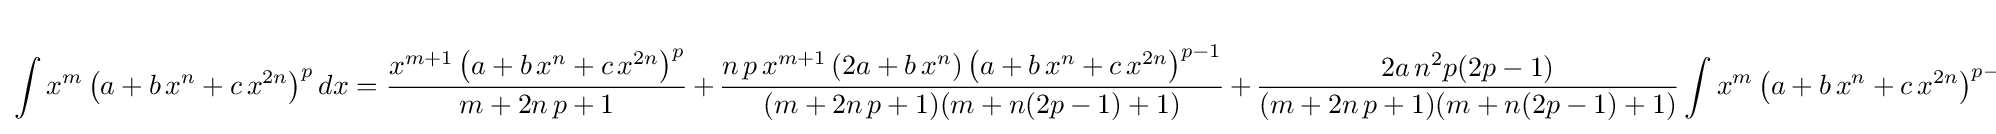
\int x^{m}\left(a+b\,x^{n}+c\,x^{2n}\right)^{p}dx={\frac {x^{m+1}\left(a+b\,x^{n}+c\,x^{2n}\right)^{p}}{m+2n\,p+1}}\,+\,{\frac {n\,p\,x^{m+1}\left(2a+b\,x^{n}\right)\left(a+b\,x^{n}+c\,x^{2n}\right)^{p-1}}{(m+2n\,p+1)(m+n(2p-1)+1)}}\,+\,{\frac {2a\,n^{2}p(2p-1)}{(m+2n\,p+1)(m+n(2p-1)+1)}}\int x^{m}\left(a+b\,x^{n}+c\,x^{2n}\right)^{p-1}dx